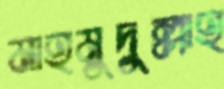
মাহমুদুল্লাহ